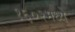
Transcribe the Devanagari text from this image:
१६०२मध्ये